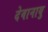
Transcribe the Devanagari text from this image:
देवानायु